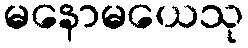
မနောမယေသု